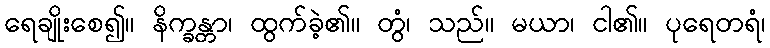
ရေချိုးစေ၍။ နိက္ခန္တာ၊ ထွက်ခဲ့၏။ တွံ၊ သည်။ မယာ၊ ငါ၏။ ပုရေတရံ၊